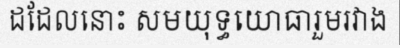
ដដែលនោះ សមយុទ្ធយោធារួមរវាង